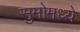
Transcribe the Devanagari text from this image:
सुमोमध्ये